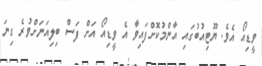
ވީޑިއޯ އެވެ. ޔޫޓިއުބުގައި އާންމުކޮށްފައިވާ އެ ވީޑިއޯ އަށް ފަސް ބިލިއަނަށްވުރެ ގިނަ